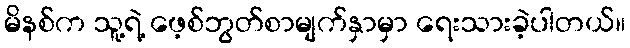
မိနစ်က သူ့ရဲ့ ဖေ့စ်ဘွတ်စာမျက်နှာမှာ ရေးသားခဲ့ပါတယ်။